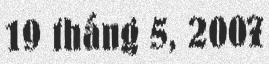
19 tháng 5, 2007